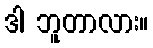
ဒါ ဘူတာလား။